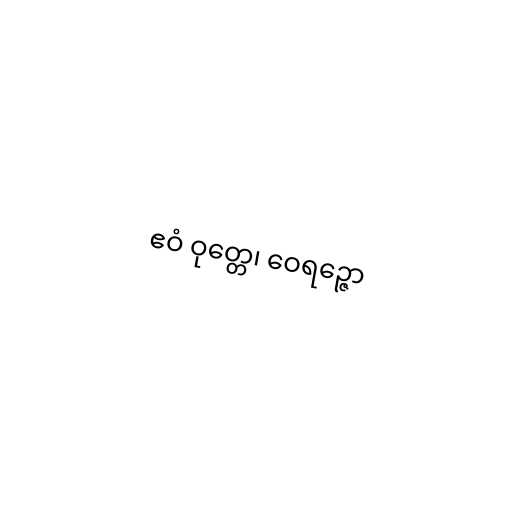
ဧဝံ ဝုတ္တေ၊ ဝေရဉ္ဇော